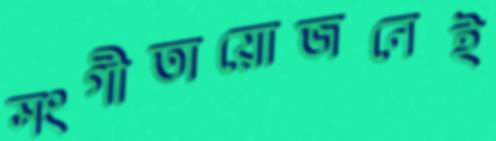
সংগীতায়োজনেই